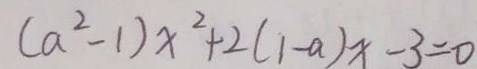
( a ^ { 2 } - 1 ) x ^ { 2 } + 2 ( 1 - a ) x - 3 = 0